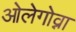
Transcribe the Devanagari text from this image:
ओलेगोव्ना